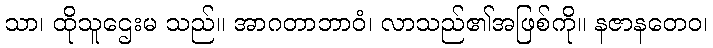
သာ၊ ထိုသူဌေးမ သည်။ အာဂတာဘာဝံ၊ လာသည်၏အဖြစ်ကို။ နဇာနတေဝ၊